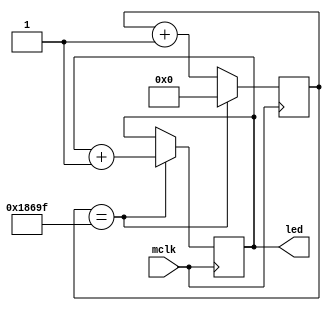
module ClkDividerIncrement(
input mclk,
output reg [15:0] led
);
reg [26:0] count = 0;
always @(posedge mclk) begin
    if(count == 100000 - 1) begin
        count <= 0;
        led = led + 1;
    end
        else begin
            count <= count + 1;
        end
end
endmodule